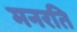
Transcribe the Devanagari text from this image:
मनरति